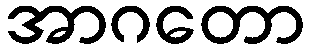
အာဂတော